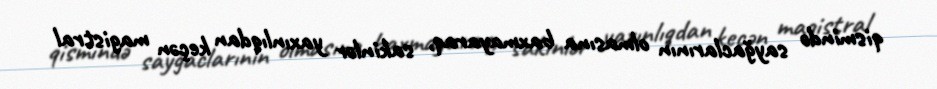
qismində sayğaclarının olmasına baxmayaraq, sakinlər yaxınlıqdan keçən magistral